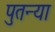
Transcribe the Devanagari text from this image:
पुतन्या